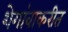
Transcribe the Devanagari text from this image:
शेगांवाकरीत